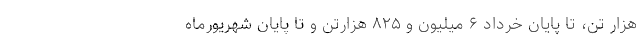
هزار تن، تا پایان خرداد ۶ میلیون و ۸۲۵ هزارتن و تا پایان شهریورماه